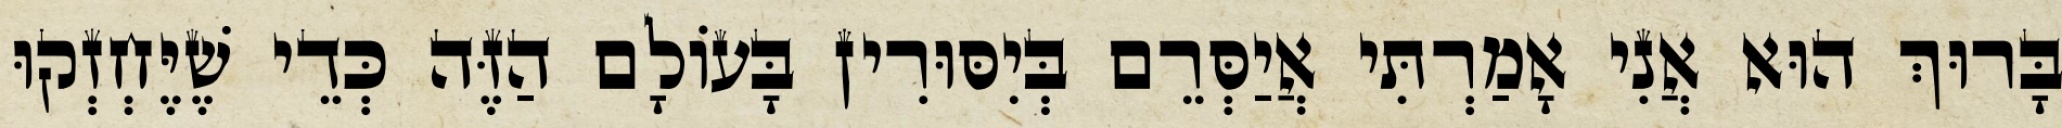
בָּרוּךְ הוּא אֲנִי אָמַרְתִּי אֲיַסְּרֵם בְּיִסּוּרִין בָּעוֹלָם הַזֶּה כְּדֵי שֶׁיֶּחְזְקוּ